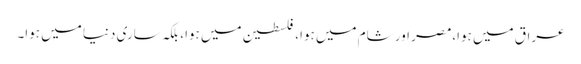
عراق میں ہوا،مصر اور شام میں ہوا، فلسطین میں ہوا، بلکہ ساری دنیا میں ہوا۔